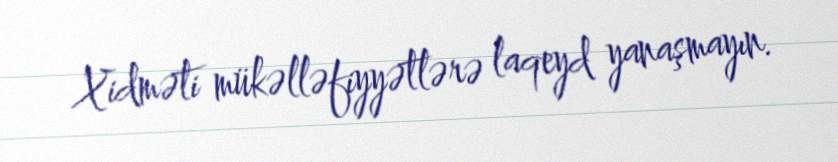
Xidməti mükəlləfiyyətlərə laqeyd yanaşmayın.